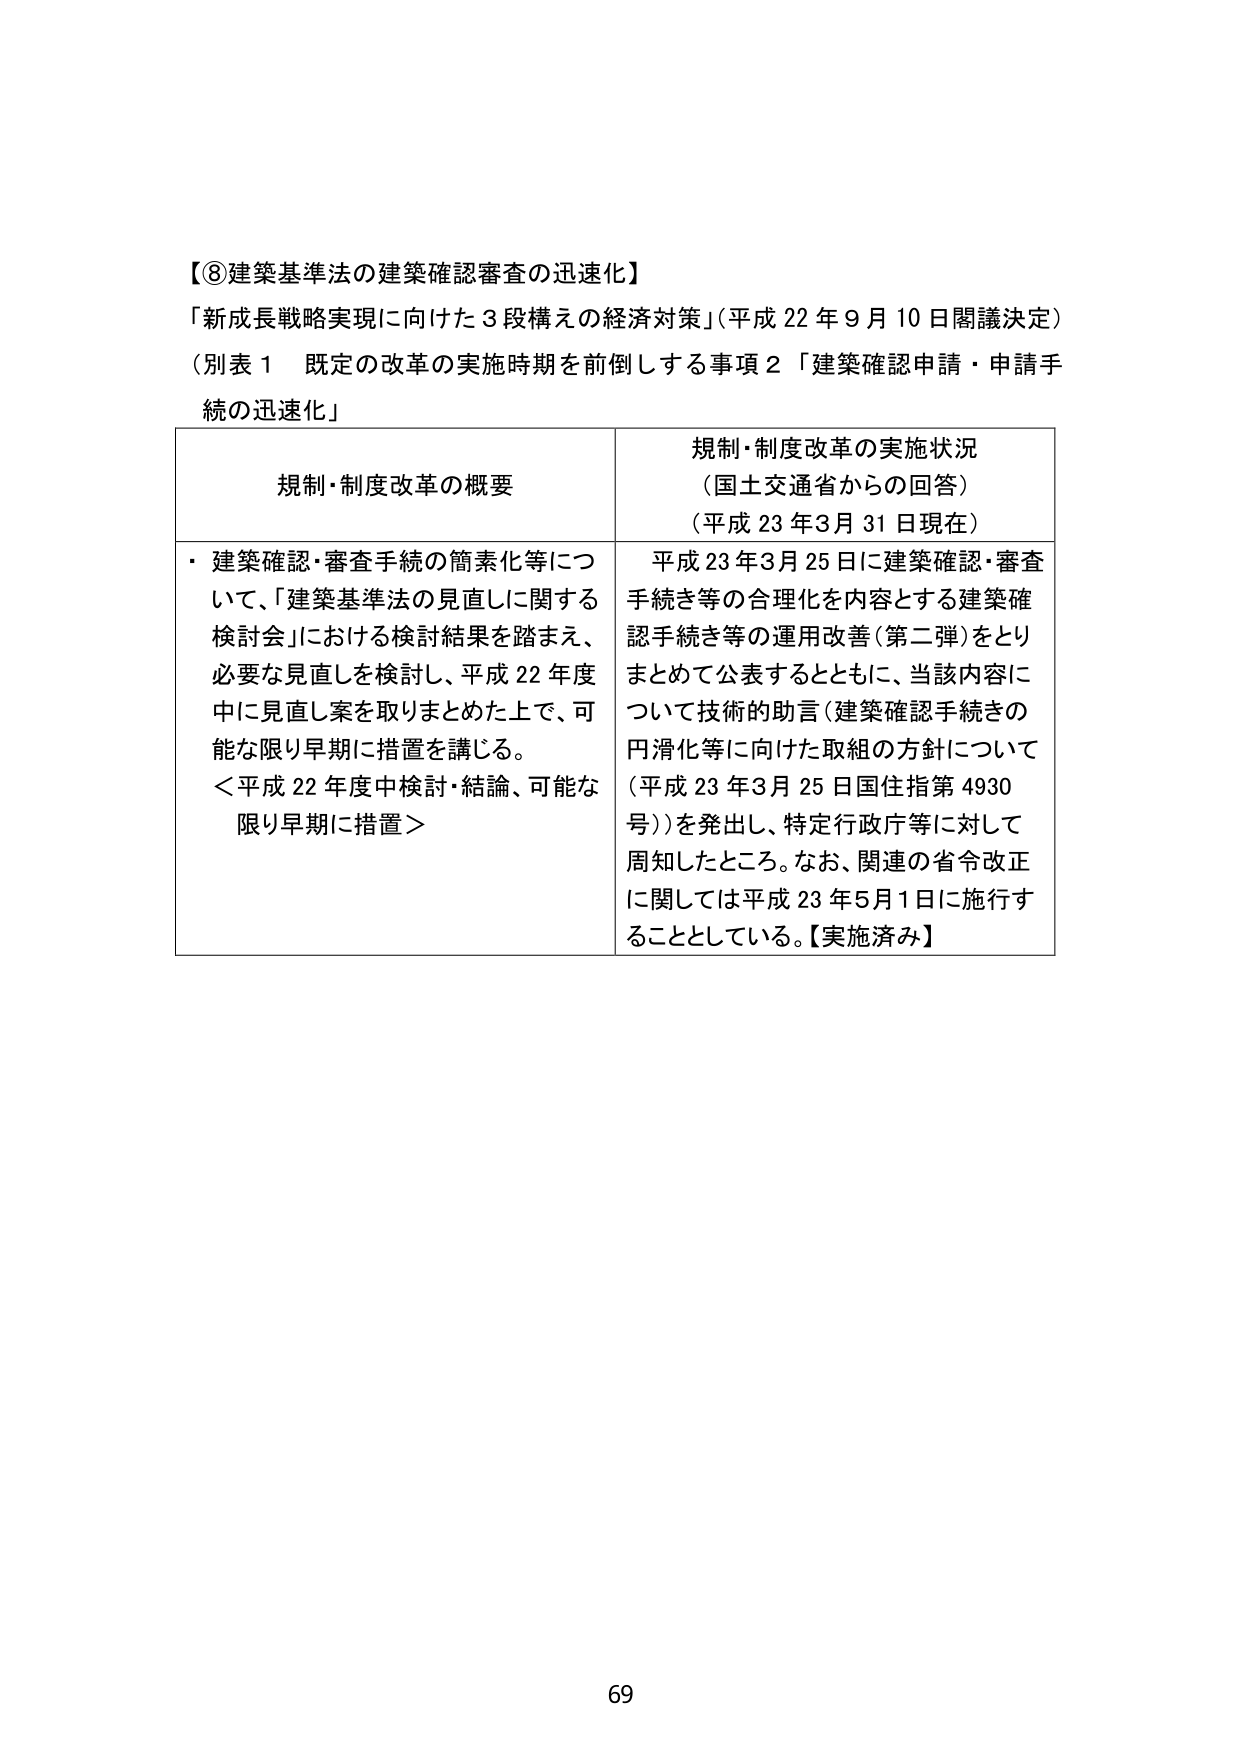
【⑧建築基準法の建築確認審査の迅速化】
「新成長戦略実現に向けた３段構えの経済対策」（平成22年9月10日閣議決定）
（別表１ 既定の改革の実施時期を前倒しする事項２「建築確認申請・申請手続の迅速化」）

規制・制度改革の概要
・建築確認・審査手続の簡素化等について、「建築基準法の見直しに関する検討会」における検討結果を踏まえ、必要な見直しを検討し、平成22年度中に見直し案を取りまとめた上で、可能な限り早期に措置を講じる。
＜平成22年度中検討・結論、可能な限り早期に措置＞

規制・制度改革の実施状況
（国土交通省からの回答）
（平成23年3月31日現在）
平成23年3月25日に建築確認・審査手続き等の合理化を内容とする建築確認手続き等の運用改善（第二弾）をとりまとめて公表するとともに、当該内容について技術的助言（建築確認手続きの円滑化等に向けた取組の方針について（平成23年3月25日国住指第4930号））を発出し、特定行政庁等に対して周知したところ。なお、関連の省令改正に関しては平成23年5月1日に施行することとしている。【実施済み】

69